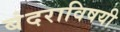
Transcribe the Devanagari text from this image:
बंदराविषयी